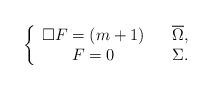
LaTeX: \begin{align*}\left\{\begin{array}[c]{ccc}\square F=\left( m+1\right) & & \overline{\Omega},\\F=0 & & \Sigma.\end{array}\right. \end{align*}